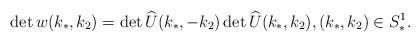
LaTeX: \begin{align*} \det w(k_*,k_2) = \det \widehat{U}(k_*,-k_2) \det \widehat{U}(k_*,k_2), (k_*, k_2) \in S^1_*.\end{align*}